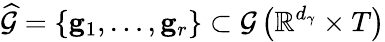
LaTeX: \widehat{\mathcal{G}}=\{ \mathbf{g}_{1},\ldots,\mathbf{g}_{r}\} \subset\mathcal{G}\left(\mathbb{R}^{d_{\gamma}}\times T\right)